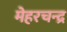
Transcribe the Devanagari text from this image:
मेहरचन्द्र